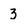
Character: 3